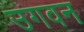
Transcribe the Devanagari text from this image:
उगवन